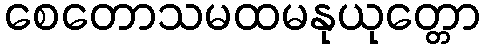
စေတောသမထမနုယုတ္တော